Report on horse surra - Volume I
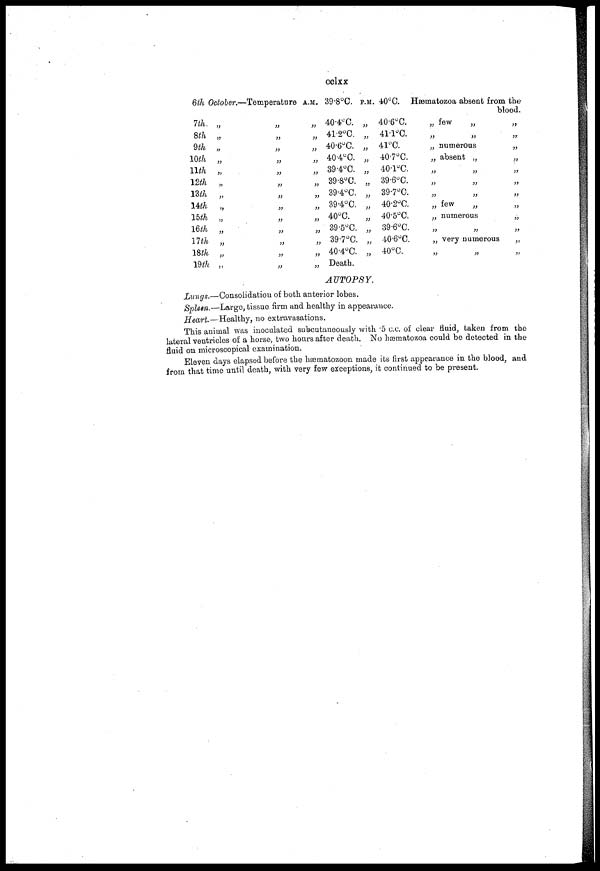
cclxx
6th October.—Temperature A.M. 39.8°C. P.M. 40°C. Hæmatozoa absent from the
blood.
7th.
8th
9th
10th
11th
12th
13th
14th
15th
16th
17th
18th
19th
„
„
„
„
„
„
„
„
„
„
„
„
„
„
„
„
„
„
„
„
„
„
„
„
„
„
„
„
„
„
„
„
„
„
„
„
„
„
„
40.4° C.
41.2°C.
40.6°C.
40.4°C.
39.4°C.
39.8°C.
39.4°C.
39.4°C.
40°C.
39.5°C.
39.7°C.
40.4°C.
Death.
„
„
„
„
„
„
„
„
„
„
„
„
40.6°C.
41.1°C.
41°C.
40.7°C.
40.1°C.
39.6°C.
39.7°C.
40.2°C.
40.5°C.
39.6°C.
40.6°C.
40°C.
„ few
„
„ „
„ numerous
„ absent „
„ „
„ „
„ „
„ „
„ numerous
„ „
„ very numerous
„ „
„
„
„
„
„
„
„
„
„
„
„
„
AUTOPSY.
Lungs.—Consolidation of both anterior lobes.
Spleen.—Large, tissue firm and healthy in appearance.
Heart.— Healthy, no extravasations.
This animal was inoculated subcutaneously with .5 c.c. of clear fluid, taken from the
lateral ventricles of a horse, two hours after death. No hæmatozoa could be detected in the
fluid on microscopical examination.
Eleven days elapsed before the hæmatozoon made its first appearance in the blood, and
from that time until death, with very few exceptions, it continued to be present.